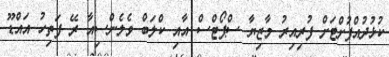
ކުޅުދުއްފުށްޓަށް ފުރިއިރު މާޒިޔާ ސްޕޯޓްސް އާއި ކްލަބް ވެލެންސިއާ ރޭ ފަތިހު އައްޑޫ